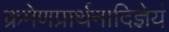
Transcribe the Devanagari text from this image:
क्रमेणप्रार्थनादिज्ञेयं